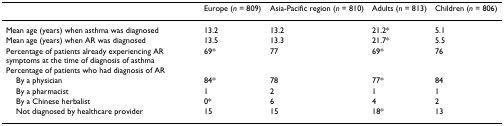
|  | Europe (n = 809) | Asia-Pacific region (n = 810) | Adults (n = 813) | Children (n = 806) |
 | --- | --- | --- | --- | --- |
 | Mean age (years) when asthma was diagnosed | 13.2 | 13.2 | 21.2* | 5.1 |
 | Mean age (years) when AR was diagnosed | 13.5 | 13.3 | 21.7* | 5.5 |
 | Percentage of patients already experiencing AR symptoms at the time of diagnosis of asthma | 69* | 77 | 69* | 76 |
 | Percentage of patients who had diagnosis of AR |  |  |  |  |
 | By a physician | 84* | 78 | 77* | 84 |
 | By a pharmacist | 1 | 2 | 1 | 1 |
 | By a Chinese herbalist | 0* | 6 | 4 | 2 |
 | Not diagnosed by healthcare provider | 15 | 15 | 18* | 13 |